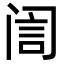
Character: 訚